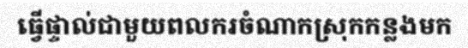
ធ្វើផ្ទាល់ជាមួយពលករចំណាកស្រុកកន្លងមក